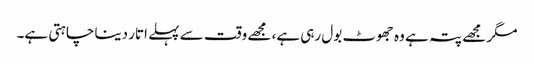
مگر مجھے پتہ ہے وہ جھوٹ بول رہی ہے، مجھے وقت سے پہلے اتار دینا چاہتی ہے۔